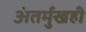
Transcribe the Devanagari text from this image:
अंतर्मुखही